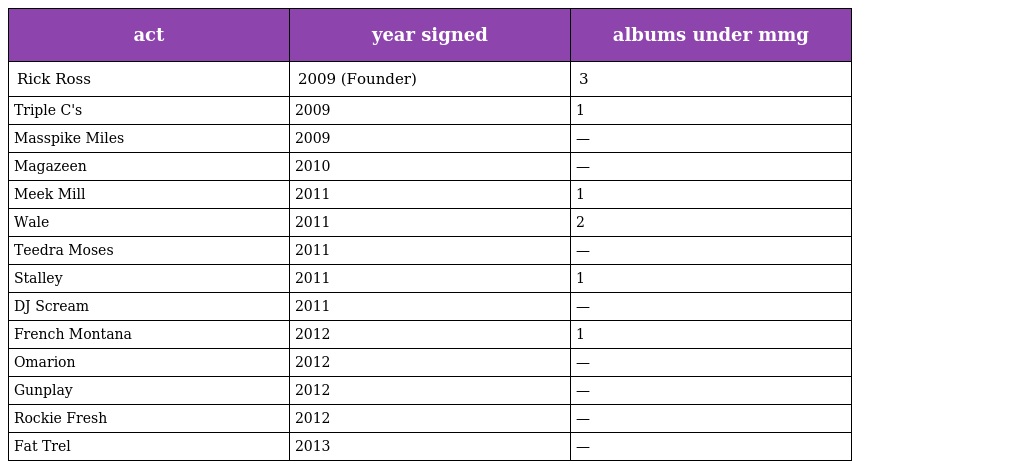
| act | year signed | albums under mmg |
 | --- | --- | --- |
 | Rick Ross | 2009 (Founder) | 3 |
 | Triple C's | 2009 | 1 |
 | Masspike Miles | 2009 | — |
 | Magazeen | 2010 | — |
 | Meek Mill | 2011 | 1 |
 | Wale | 2011 | 2 |
 | Teedra Moses | 2011 | — |
 | Stalley | 2011 | 1 |
 | DJ Scream | 2011 | — |
 | French Montana | 2012 | 1 |
 | Omarion | 2012 | — |
 | Gunplay | 2012 | — |
 | Rockie Fresh | 2012 | — |
 | Fat Trel | 2013 | — |